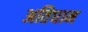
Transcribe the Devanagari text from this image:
अतिघाम